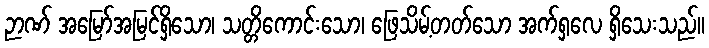
ဉာဏ် အမြော်အမြင်ရှိသော၊ သတ္တိကောင်းသော၊ ဖြေသိမ့်တတ်သော အက်ရှလေ ရှိသေးသည်။